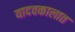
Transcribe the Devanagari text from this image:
यादवकालात